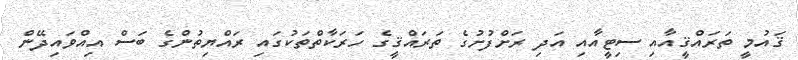
ޤައުމީ ތަރައްޤީއާއި ސިޓީއާއި އަދި ރަށްފުށުގެ ތަރައްޤީގެ ހަރަކާތްތަކުގައި ރައްޔިތުންގެ ބަސް އިއްވައިދޭން